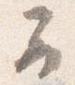
云